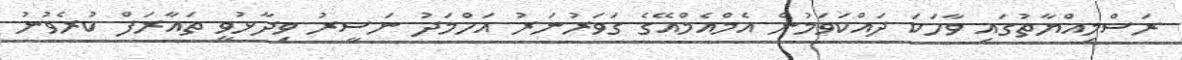
ރަސްމިއްޔާތުގައި ވާހަކަ ދައްކަވަމުން އެމްއެމްއޭގެ ގަވަރުނަރު އަހްމަދު ނަސީރު ވިދާޅުވީ ތައާރަފް ކުރެވުނު